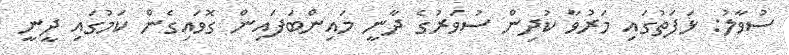
ސުވާލު: ޅަފަތުގައި މަރުވާ ކުދިން ސުވަރުގެ ދާނީ މައިންބަފައިން ގޮވައިގެން ކަމުގައި ދީނީ